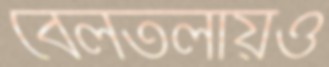
বেলতলায়ও